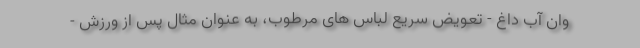
وان آب داغ - تعویض سریع لباس های مرطوب، به عنوان مثال پس از ورزش -